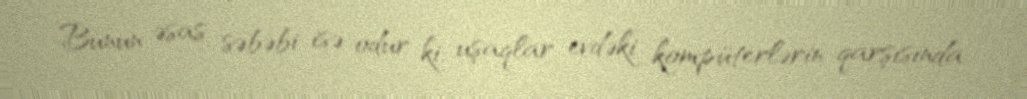
Bunun əsas səbəbi isə odur ki, uşaqlar evdəki kompüterlərin qarşısında